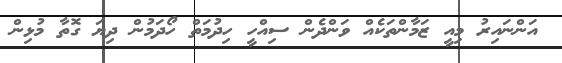
އަންނައިރު މިއީ ޒަމާންތަކެއް ވަންދެން ސިއްހީ ހިދުމަތް ހޯދަމުން ދިޔަ ގޮތާ މުޅިން